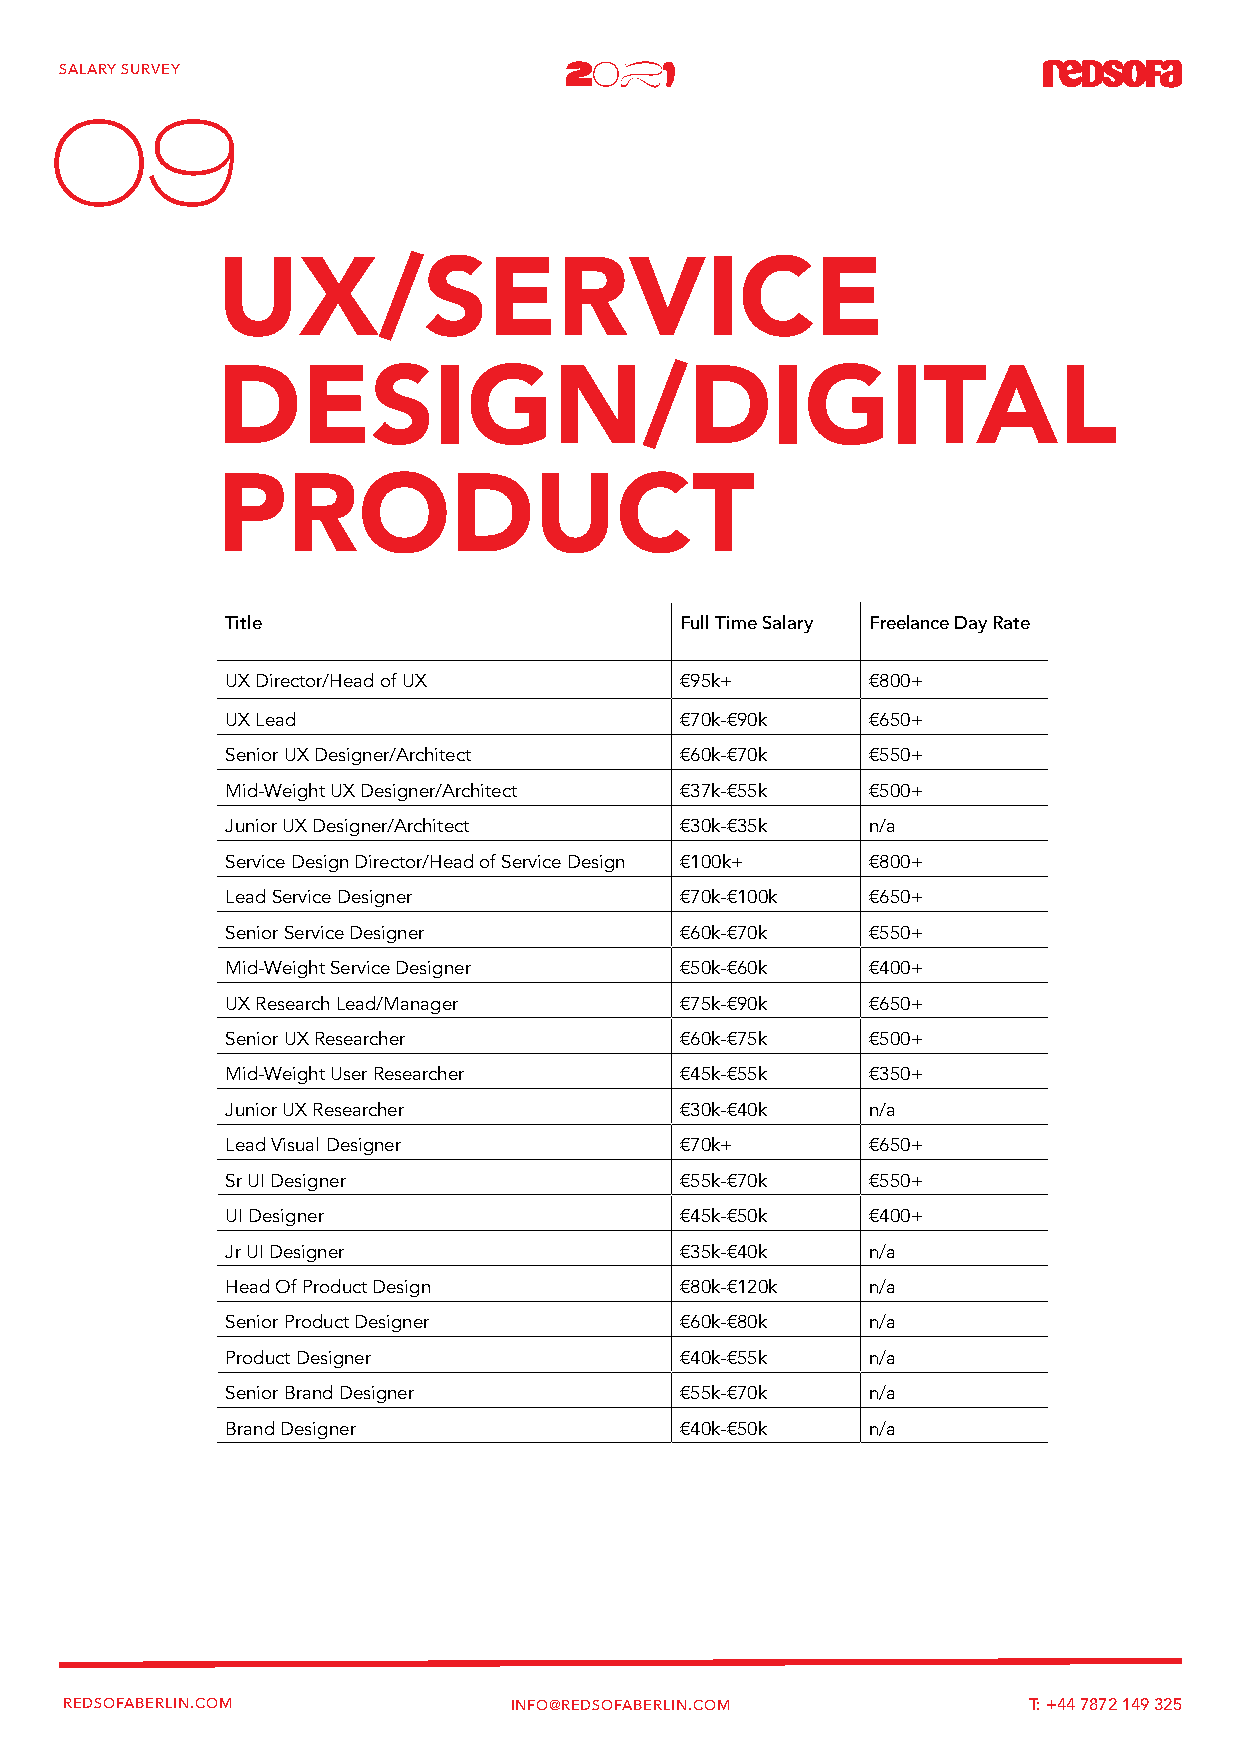
SALARY SURVEY
 09
 UX/SERVICE
 DESIGN/DIGITAL
 PRODUCT
 Title                         Full Time Salary Freelance Day Rate
 UX Director/Head of UX        €95k+       €800+
 UX Lead                       €70k-€90k   €650+
 Senior UX Designer/Architect  €60k-€70k   €550+
 Mid-Weight UX Designer/Architect €37k-€55k €500+
 Junior UX Designer/Architect  €30k-€35k   n/a
 Service Design Director/Head of Service Design €100k+ €800+
 Lead Service Designer         €70k-€100k  €650+
 Senior Service Designer       €60k-€70k   €550+
 Mid-Weight Service Designer   €50k-€60k   €400+
 UX Research Lead/Manager      €75k-€90k   €650+
 Senior UX Researcher          €60k-€75k   €500+
 Mid-Weight User Researcher    €45k-€55k   €350+
 Junior UX Researcher          €30k-€40k   n/a
 Lead Visual Designer          €70k+       €650+
 Sr UI Designer                €55k-€70k   €550+
 UI Designer                   €45k-€50k   €400+
 Jr UI Designer                €35k-€40k   n/a
 Head Of Product Design        €80k-€120k  n/a
 Senior Product Designer       €60k-€80k   n/a
 Product Designer              €40k-€55k   n/a
 Senior Brand Designer         €55k-€70k   n/a
 Brand Designer                €40k-€50k   n/a
 REDSOFABERLIN.COM             INFO@REDSOFABERLIN.COM            T: +44 7872 149 325